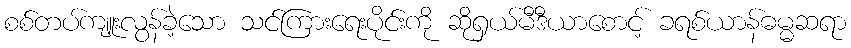
စစ်တပ်ကျူးလွန်ခဲ့သော သင်ကြားရေးပိုင်းကို ဆိုရှယ်မီဒီယာစောင့် ခရစ်ယာန်ဓမ္မဆရာ